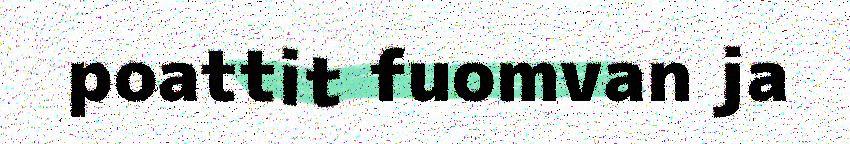
poattit fuomvan ja